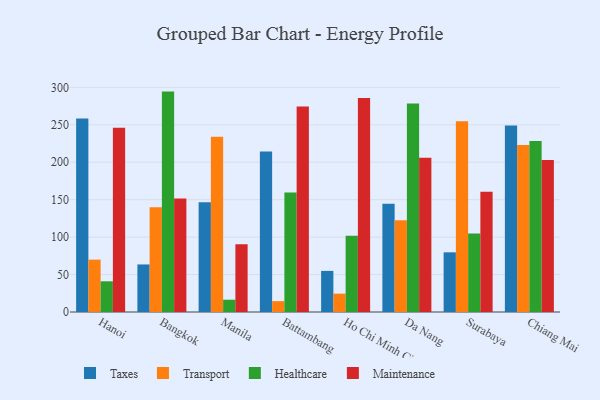
{"axis": {"x": "City", "y": "Headcount"}, "legend": ["Healthcare", "Maintenance", "Taxes", "Transport"], "data": [{"x": "Hanoi", "y": 258.4, "type": "Taxes"}, {"x": "Hanoi", "y": 69.9, "type": "Transport"}, {"x": "Hanoi", "y": 41.0, "type": "Healthcare"}, {"x": "Hanoi", "y": 246.0, "type": "Maintenance"}, {"x": "Bangkok", "y": 63.5, "type": "Taxes"}, {"x": "Bangkok", "y": 139.9, "type": "Transport"}, {"x": "Bangkok", "y": 294.3, "type": "Healthcare"}, {"x": "Bangkok", "y": 151.7, "type": "Maintenance"}, {"x": "Manila", "y": 146.6, "type": "Taxes"}, {"x": "Manila", "y": 234.0, "type": "Transport"}, {"x": "Manila", "y": 16.4, "type": "Healthcare"}, {"x": "Manila", "y": 90.4, "type": "Maintenance"}, {"x": "Battambang", "y": 214.4, "type": "Taxes"}, {"x": "Battambang", "y": 14.5, "type": "Transport"}, {"x": "Battambang", "y": 159.7, "type": "Healthcare"}, {"x": "Battambang", "y": 274.5, "type": "Maintenance"}, {"x": "Ho Chi Minh City", "y": 54.9, "type": "Taxes"}, {"x": "Ho Chi Minh City", "y": 24.5, "type": "Transport"}, {"x": "Ho Chi Minh City", "y": 101.8, "type": "Healthcare"}, {"x": "Ho Chi Minh City", "y": 285.6, "type": "Maintenance"}, {"x": "Da Nang", "y": 144.6, "type": "Taxes"}, {"x": "Da Nang", "y": 122.6, "type": "Transport"}, {"x": "Da Nang", "y": 278.4, "type": "Healthcare"}, {"x": "Da Nang", "y": 206.1, "type": "Maintenance"}, {"x": "Surabaya", "y": 79.7, "type": "Taxes"}, {"x": "Surabaya", "y": 254.6, "type": "Transport"}, {"x": "Surabaya", "y": 104.9, "type": "Healthcare"}, {"x": "Surabaya", "y": 160.7, "type": "Maintenance"}, {"x": "Chiang Mai", "y": 249.1, "type": "Taxes"}, {"x": "Chiang Mai", "y": 223.0, "type": "Transport"}, {"x": "Chiang Mai", "y": 228.2, "type": "Healthcare"}, {"x": "Chiang Mai", "y": 203.0, "type": "Maintenance"}]}